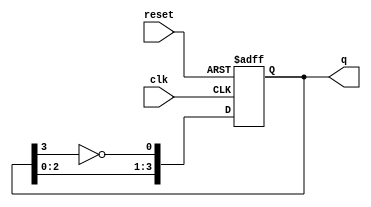
module johnson_counter #(
    parameter N = 4  // Number of flip-flops (stages)
)(
    input wire clk,       // Clock input
    input wire reset,     // Asynchronous reset
    output reg [N-1:0] q  // Output state
);

    // Internal signal for feedback
    wire feedback;

    // Feedback is the inverted output of the last flip-flop
    assign feedback = ~q[N-1];

    // Sequential logic for the Johnson Counter
    always @(posedge clk or posedge reset) begin
        if (reset) begin
            // Initialize all flip-flops to zero
            q <= 0;
        end else begin
            // Shift the state based on feedback
            q <= {q[N-2:0], feedback};
        end
    end

endmodule